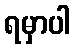
ရမှာပါ